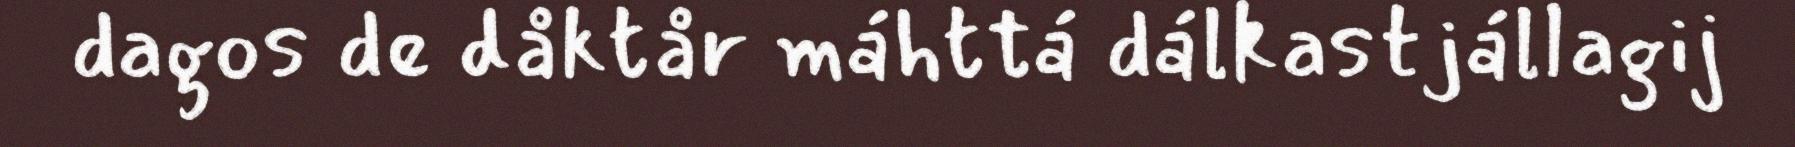
dagos de dåktår máhttá dálkastjállagij